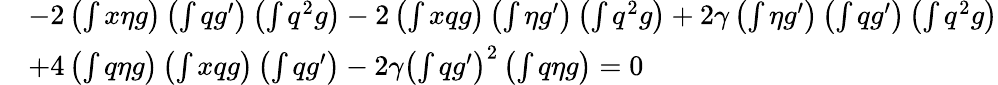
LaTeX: \begin{array}{rl}&{-2\left(\int x\eta g\right)\left(\int qg^{\prime}\right)\left(\int q^{2}g\right)-2\left(\int xqg\right)\left(\int\eta g^{\prime}\right)\left(\int q^{2}g\right)+2\gamma\left(\int\eta g^{\prime}\right)\left(\int qg^{\prime}\right)\left(\int q^{2}g\right)}\\ &{+4\left(\int q\eta g\right)\left(\int xqg\right)\left(\int qg^{\prime}\right)-2\gamma\left(\int qg^{\prime}\right)^{2}\left(\int q\eta g\right)=0}\end{array}